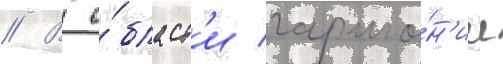
// В о́бласт'и гармо́н'ии